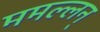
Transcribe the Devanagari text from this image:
ममल्लन्